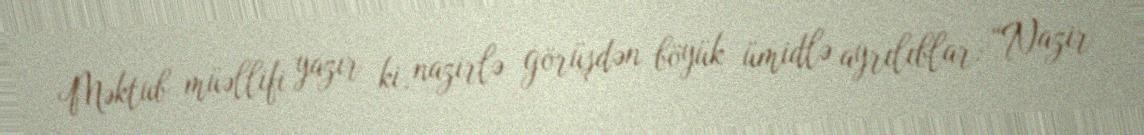
Məktub müəllifi yazır ki, nazirlə görüşdən böyük ümidlə ayrılıblar: “Nazir